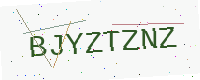
Text: BJYZTZNZ